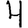
Digit: 4